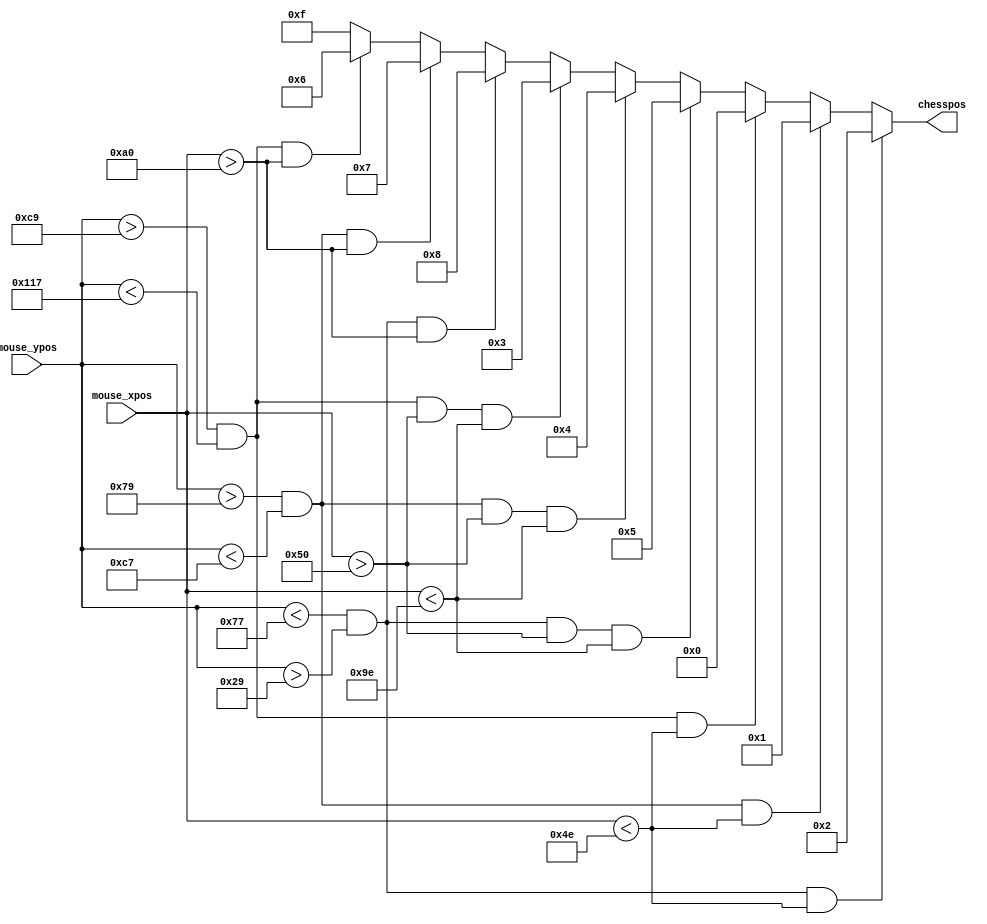
module mouse_pos_convertor (

	 input 	[7:0]			mouse_xpos,
	 input	[8:0]			mouse_ypos,
	 output 	reg [3:0]			chesspos
);

always @(mouse_xpos or mouse_ypos) begin
		if (		    mouse_ypos < 119 &&	mouse_ypos >41	&& mouse_xpos <78) begin
			chesspos = 2;
		end else if (mouse_ypos > 121 && mouse_ypos <199&& mouse_xpos <78) begin
			chesspos = 1;
		end else if (mouse_ypos > 201 && mouse_ypos <279&& mouse_xpos <78) begin
			chesspos = 0;
		end else if (mouse_ypos < 119 &&	mouse_ypos >41		&& mouse_xpos >80	&& mouse_xpos <158) begin
			chesspos = 5;
		end else if (mouse_ypos > 121 && mouse_ypos <199&& mouse_xpos >80	&& mouse_xpos <158) begin
			chesspos = 4;
		end else if (mouse_ypos > 201 && mouse_ypos <279&& mouse_xpos >80	&& mouse_xpos <158) begin
			chesspos = 3;
		end else if (mouse_ypos < 119 &&	mouse_ypos >41		&& mouse_xpos >160) begin
			chesspos = 8;
		end else if (mouse_ypos > 121 && mouse_ypos <199&& mouse_xpos >160) begin
			chesspos = 7;
		end else if (mouse_ypos > 201 && mouse_ypos <279&& mouse_xpos >160) begin
			chesspos = 6;
		end else begin
			chesspos = 15;
		end
end
		
		

endmodule